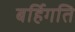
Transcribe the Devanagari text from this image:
बर्हिगति